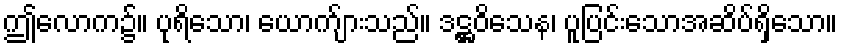
ဤလောက၌။ ပုရိသော၊ ယောက်ျားသည်။ ဒဋ္ဌဝိသေန၊ ပူပြင်းသောအဆိပ်ရှိသော။